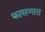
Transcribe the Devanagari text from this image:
फासणारा